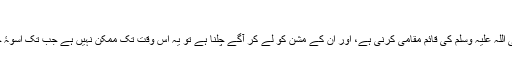
اللّٰہ سے مضبوط تعلّق
اگر ہم نے حضور نبی کریم صلی اللہ علیہ وسلم کی قائم مقامی کرنی ہے، اور ان کے مشن کو لے کر آگے چلنا ہے تو یہ اس وقت تک ممکن نہیں ہے جب تک اسوۂ حسنہ کا کامل اتباع نہ کیا جائے۔